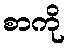
စာကို